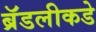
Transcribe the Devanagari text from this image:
ब्रॅडलीकडे